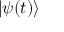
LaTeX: | \psi ( t ) \rangle